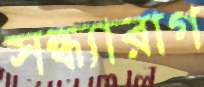
সন্ধ্যারাগ